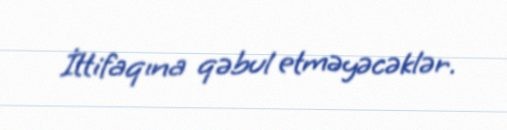
İttifaqına qəbul etməyəcəklər.